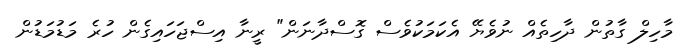
މާހިލް ގާތުން ދާހިތެއް ނުވެޔޭ އެކަމަކުވެސް ގޮސްދާނަން" ރީނާ އިސްޖަހައިގެން ހުރެ މަޑުމަޑުން